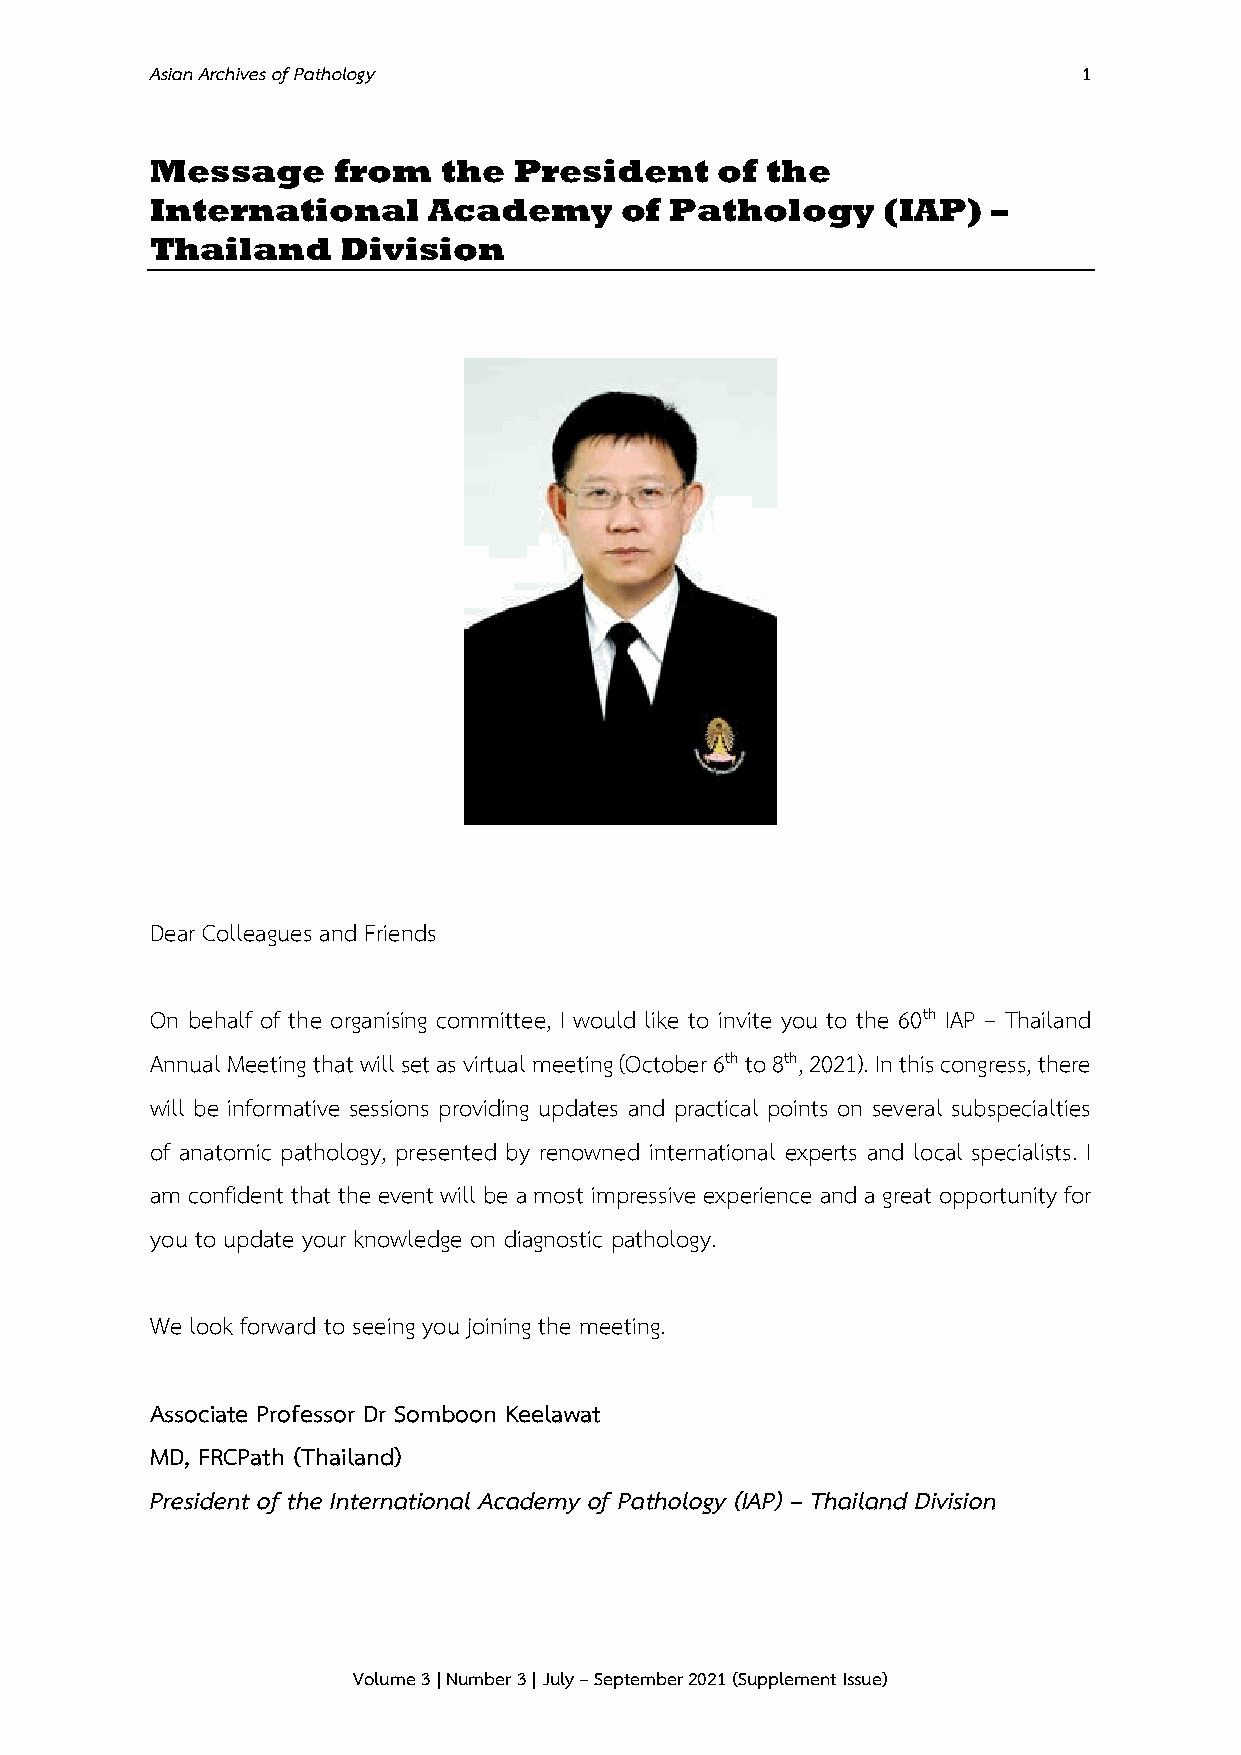
Asian Archives of Pathology                                   1
 Message     from   the  President    of  the
 International     Academy      of Pathology     (IAP)   –
 Thailand     Division
 Dear Colleagues and Friends
 On behalf of the organising committee, I would like to invite you to the 60th IAP – Thailand
 Annual Meeting that will set as virtual meeting (October 6th to 8th, 2021). In this congress, there
 will be informative sessions providing updates and practical points on several subspecialties
 of anatomic pathology, presented by renowned international experts and local specialists. I
 am confident that the event will be a most impressive experience and a great opportunity for
 you to update your knowledge on diagnostic pathology.
 We look forward to seeing you joining the meeting.
 Associate Professor Dr Somboon Keelawat
 MD, FRCPath (Thailand)
 President of the International Academy of Pathology (IAP) – Thailand Division
 Volume 3 | Number 3 | July – September 2021 (Supplement Issue)